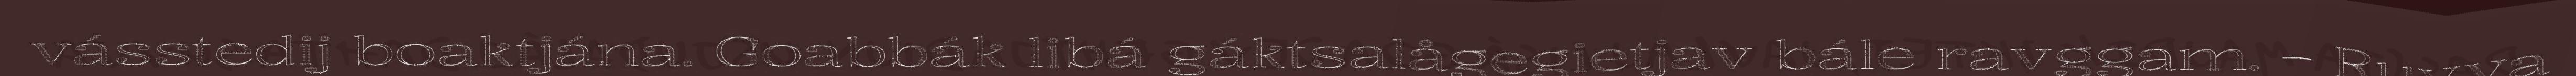
vásstedij boaktjána. Goabbák libá gáktsalågegietjav bále ravggam. – Ruvva